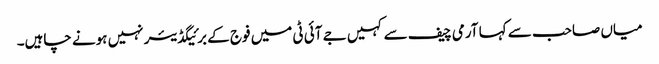
میاں صاحب سے کہا آرمی چیف سے کہیں جے آئی ٹی میں فوج کے برئیگڈیئر نہیں ہونے چاہیں۔